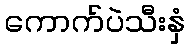
ကောက်ပဲသီးနှံ